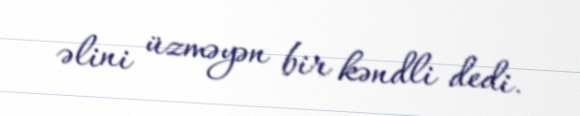
əlini üzməyən bir kəndli dedi.